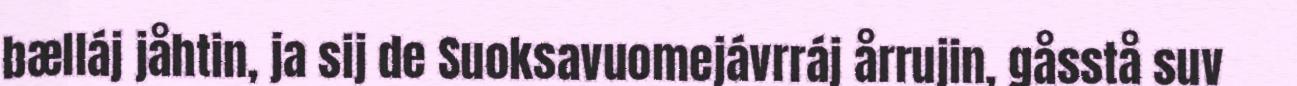
bælláj jåhtin, ja sij de Suoksavuomejávrráj årrujin, gåsstå suv